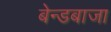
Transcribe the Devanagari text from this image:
बेन्डबाजा